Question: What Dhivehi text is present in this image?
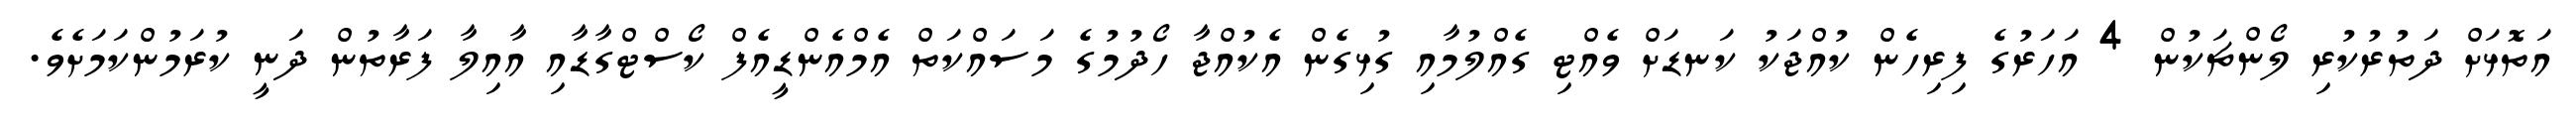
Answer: އަތޮޅަށް ދަތުރުކުރި ލޯންޗަކުން 4 އަހަރުގެ ފިރިހެން ކުއްޖަކު ކަނޑަށް ވެއްޓި ގެއްލުމާއި ގުޅިގެން އެކުއްޖާ ހޯދުމުގެ މަސައްކަތް އެމްއެންޑީއެފް ކޯސްޓްގާޑާއި އާއިލާ ފަރާތުން ދަނީ ކުރަމުންކަމަށެވެ.